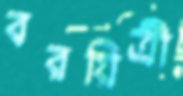
বরয়িত্রী